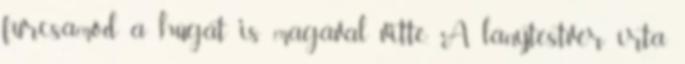
furcsamód a húgát is magával vitte. A lánytestvér írta